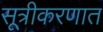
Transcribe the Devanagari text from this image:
सूत्रीकरणात